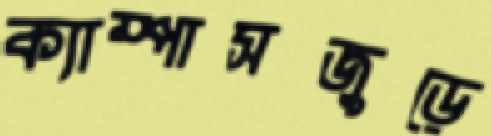
ক্যাম্পাসজুড়ে